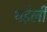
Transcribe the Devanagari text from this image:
थड़ेली